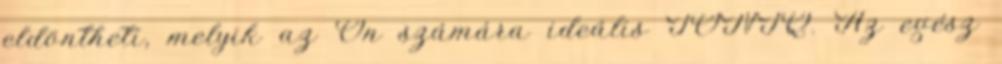
eldöntheti, melyik az Ön számára ideális IONIQ. Az egész